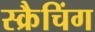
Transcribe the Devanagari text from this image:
स्क्रैचिंग